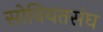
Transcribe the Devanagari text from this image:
सोवियतसंघ